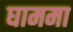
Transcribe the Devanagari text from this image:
घाममा